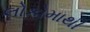
લોકોમાથી